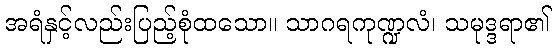
အရံနှင့်လည်းပြည့်စုံထသော။ သာဂရကုဏ္ဍလံ၊ သမုဒ္ဒရာ၏